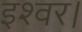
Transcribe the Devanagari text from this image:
इश्वर।